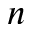
n